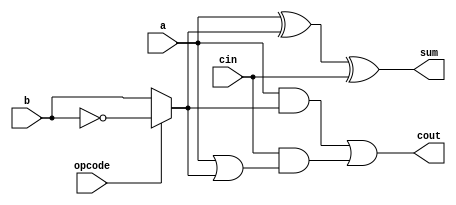
module oneBit_Adder(input a, input b, input cin, input opcode, output sum, output cout);
    wire bInv=opcode?~b:b; //storing b as per the operation
    
      assign sum= a^bInv^cin; //adding input bits and carry input
      assign cout = a&bInv | (cin & (a|bInv)); //for carry out when any two of a,b,cin are one

    
endmodule